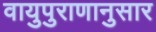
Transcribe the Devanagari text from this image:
वायुपुराणानुसार